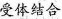
受体结合